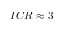
I C R \approx 3